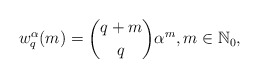
\begin{align*}w_q^\alpha(m)=\binom{q+m}{q}\alpha^{m}, m\in\mathbb{N}_0 ,\end{align*}